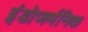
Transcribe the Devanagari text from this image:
इंडोजर्मनिक